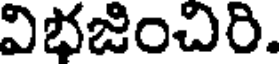
విభజించిరి.